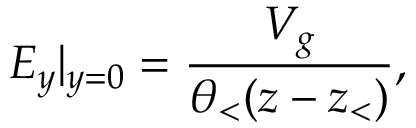
E _ { y } | _ { y = 0 } = \frac { V _ { g } } { \theta _ { < } ( z - z _ { < } ) } ,